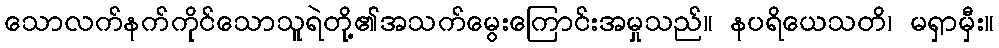
သောလက်နက်ကိုင်သောသူရဲတို့၏အသက်မွေးကြောင်းအမှုသည်။ နပရိယေသတိ၊ မရှာမှီး။